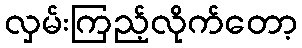
လှမ်းကြည့်လိုက်တော့